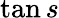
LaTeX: \tan s